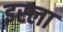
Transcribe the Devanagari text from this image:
इस्‍ला